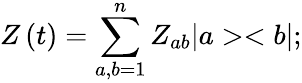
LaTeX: Z\left(t\right)=\sum_{a,b=1}^{n}Z_{ab}|a><b|;